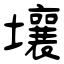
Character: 壤